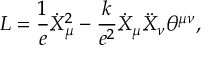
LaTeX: { \cal L } = \frac { 1 } { e } \dot { X } _ { \mu } ^ { 2 } - \frac { k } { e ^ { 2 } } \dot { X } _ { \mu } \ddot { X } _ { \nu } \theta ^ { \mu \nu } ,